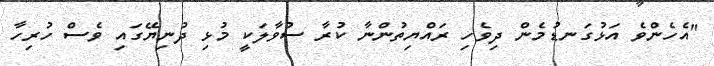
"އެހެންވެ އަޅުގަނޑުމެން ދިވެހި ރައްޔިތުންނާ ކުރާ ސުވާލަކީ މުޅި ދުނިޔޭގައި ވެސް ހުރިހާ